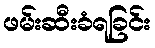
ဖမ်းဆီးခံရခြင်း